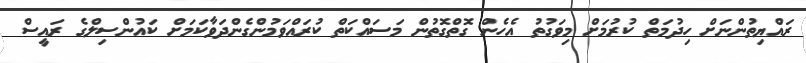
ރައްޔިތުންނަށް ހިދުމަތް ކުރުމަށް މިވަގުތު އެހެން ގޮތްގޮތުން މަސައްކަތް ކުރައްވަމުންގެންދަވާކަމަށް ކައުންސިލްގެ ރައީސް